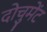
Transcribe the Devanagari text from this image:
दोचुमेंट